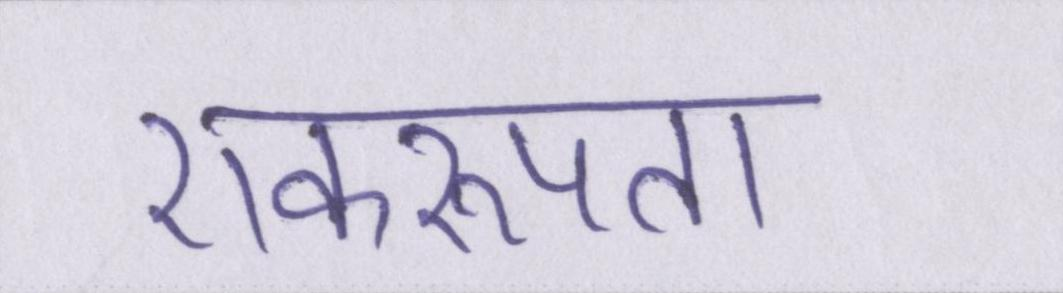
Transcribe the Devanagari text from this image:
एकरूपता